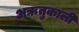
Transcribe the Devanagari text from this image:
अऋतुकाली